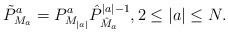
LaTeX: \begin{align*}\tilde P^a_{M_a}=P^a_{M_{|a|}}{\hat P}^{|a|-1}_{{\hat M}_a},2\le |a| \le N.\end{align*}